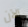
الآن